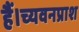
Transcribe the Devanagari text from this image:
हैं।च्यवनप्राश